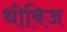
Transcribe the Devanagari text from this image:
थीबिज